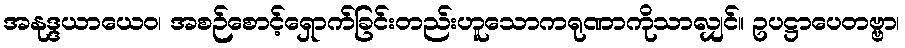
အနုဒ္ဒယာယေဝ၊ အစဉ်စောင့်ရှောက်ခြင်းတည်းဟူသောကရုဏာကိုသာလျှင်။ ဥပဋ္ဌာပေတဗ္ဗာ၊